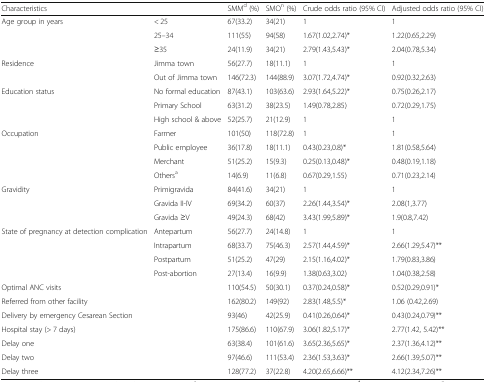
<table><thead><tr><td colspan="2"><b>Characteristics</b></td><td><b>SMM<sup>d</sup> (%)</b></td><td><b>SMO<sup>n</sup> (%)</b></td><td><b>Crude odds ratio (95% CI)</b></td><td><b>Adjusted odds ratio (95% CI)</b></td></tr></thead><tbody><tr><td rowspan="3">Age group in years</td><td>&lt; 25</td><td>67(33.2)</td><td>34(21)</td><td>1</td><td>1</td></tr><tr><td>25–34</td><td>111(55)</td><td>94(58)</td><td>1.67(1.02,2.74)*</td><td>1.22(0.65,2.29)</td></tr><tr><td>≥35</td><td>24(11.9)</td><td>34(21)</td><td>2.79(1.43,5.43)*</td><td>2.04(0.78,5.34)</td></tr><tr><td rowspan="2">Residence</td><td>Jimma town</td><td>56(27.7)</td><td>18(11.1)</td><td>1</td><td>1</td></tr><tr><td>Out of Jimma town</td><td>146(72.3)</td><td>144(88.9)</td><td>3.07(1.72,4.74)*</td><td>0.92(0.32,2.63)</td></tr><tr><td rowspan="3">Education status</td><td>No formal education</td><td>87(43.1)</td><td>103(63.6)</td><td>2.93(1.64,5.22)*</td><td>0.75(0.26,2.17)</td></tr><tr><td>Primary School</td><td>63(31.2)</td><td>38(23.5)</td><td>1.49(0.78,2.85)</td><td>0.72(0.29,1.75)</td></tr><tr><td>High school &amp; above</td><td>52(25.7)</td><td>21(12.9)</td><td>1</td><td>1</td></tr><tr><td rowspan="4">Occupation</td><td>Farmer</td><td>101(50)</td><td>118(72.8)</td><td>1</td><td>1</td></tr><tr><td>Public employee</td><td>36(17.8)</td><td>18(11.1)</td><td>0.43(0.23,0.8)*</td><td>1.81(0.58,5.64)</td></tr><tr><td>Merchant</td><td>51(25.2)</td><td>15(9.3)</td><td>0.25(0.13,0.48)*</td><td>0.48(0.19,1.18)</td></tr><tr><td>Others<sup>a</sup></td><td>14(6.9)</td><td>11(6.8)</td><td>0.67(0.29,1.55)</td><td>0.71(0.23,2.14)</td></tr><tr><td rowspan="3">Gravidity</td><td>Primigravida</td><td>84(41.6)</td><td>34(21)</td><td>1</td><td>1</td></tr><tr><td>Gravida II-IV</td><td>69(34.2)</td><td>60(37)</td><td>2.26(1.44,3.54)*</td><td>2.08(1,3.77)</td></tr><tr><td>Gravida ≥V</td><td>49(24.3)</td><td>68(42)</td><td>3.43(1.99,5.89)*</td><td>1.9(0.8,7.42)</td></tr><tr><td rowspan="4">State of pregnancy at detection complication</td><td>Antepartum</td><td>56(27.7)</td><td>24(14.8)</td><td>1</td><td>1</td></tr><tr><td>Intrapartum</td><td>68(33.7)</td><td>75(46.3)</td><td>2.57(1.44,4.59)*</td><td>2.66(1.29,5.47)**</td></tr><tr><td>Postpartum</td><td>51(25.2)</td><td>47(29)</td><td>2.15(1.16,4.02)*</td><td>1.79(0.83,3.86)</td></tr><tr><td>Post-abortion</td><td>27(13.4)</td><td>16(9.9)</td><td>1.38(0.63,3.02)</td><td>1.04(0.38,2.58)</td></tr><tr><td colspan="2">Optimal ANC visits</td><td>110(54.5)</td><td>50(30.1)</td><td>0.37(0.24,0.58)*</td><td>0.52(0.29,0.91)*</td></tr><tr><td colspan="2">Referred from other facility</td><td>162(80.2)</td><td>149(92)</td><td>2.83(1.48,5.5)*</td><td>1.06 (0.42,2.69)</td></tr><tr><td colspan="2">Delivery by emergency Cesarean Section</td><td>93(46)</td><td>42(25.9)</td><td>0.41(0.26,0.64)*</td><td>0.43(0.24,0.79)**</td></tr><tr><td colspan="2">Hospital stay (&gt; 7 days)</td><td>175(86.6)</td><td>110(67.9)</td><td>3.06(1.82,5.17)*</td><td>2.77(1.42, 5.42)**</td></tr><tr><td colspan="2">Delay one</td><td>63(38.4)</td><td>101(61.6)</td><td>3.65(2.36,5.65)*</td><td>2.37(1.36,4.12)**</td></tr><tr><td colspan="2">Delay two</td><td>97(46.6)</td><td>111(53.4)</td><td>2.36(1.53,3.63)*</td><td>2.66(1.39,5.07)**</td></tr><tr><td colspan="2">Delay three</td><td>128(77.2)</td><td>37(22.8)</td><td>4.20(2.65,6.66)**</td><td>4.12(2.34,7.26)**</td></tr></tbody></table>